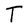
Character: T